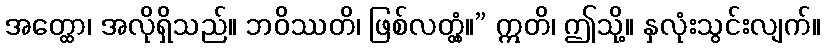
အတ္ထော၊ အလိုရှိသည်။ ဘဝိဿတိ၊ ဖြစ်လတ္တံ့။” ဣတိ၊ ဤသို့။ နှလုံးသွင်းလျက်။